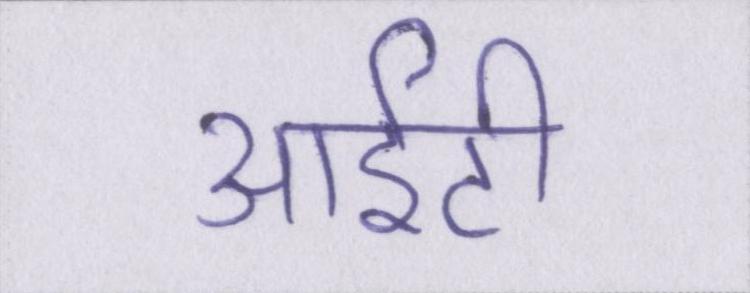
आईटी